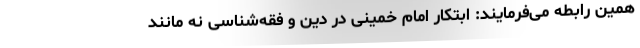
همین رابطه می‌فرمایند‌: ابتکار امام خمینی در دین و فقه‌شناسی نه مانند